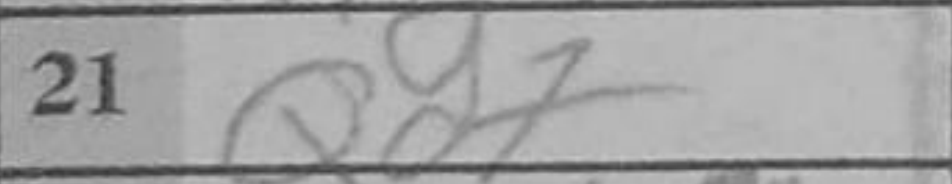
Transcription: Qd7